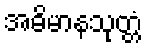
အဓိမာနသုတ္တံ